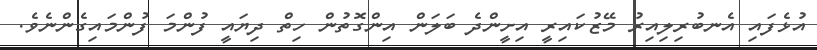
އުޅެފައި އެނބުރިލިއިރު މޭޒުކައިރީ އިށީންދެ ބަލަން އިންގޮތުން ހިތް ދިޔައީ ފުންމަ ފުންމައިގެންނެވެ.